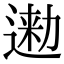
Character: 𨔤